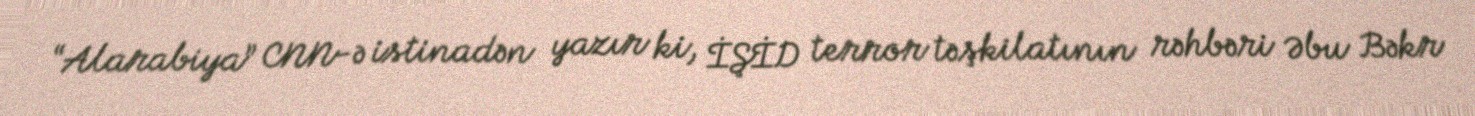
“Alarabiya” CNN-ə istinadən yazır ki, İŞİD terror təşkilatının rəhbəri Əbu Bəkr